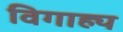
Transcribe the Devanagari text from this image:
विगाह्य